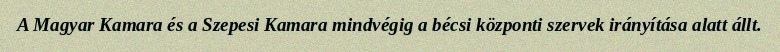
A Magyar Kamara és a Szepesi Kamara mindvégig a bécsi központi szervek irányítása alatt állt.